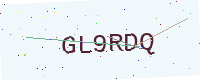
Text: GL9RDQ